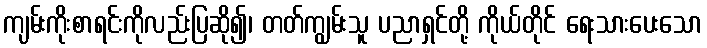
ကျမ်းကိုးစာရင်းကိုလည်းပြဆို၍၊ တတ်ကျွမ်းသူ ပညာရှင်တို့ ကိုယ်တိုင် ရေးသားပေးသော